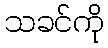
သခင်ကို